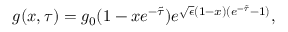
g ( x , \tau ) = g _ { 0 } ( 1 - x e ^ { - \tilde { \tau } } ) e ^ { \sqrt { \epsilon } ( 1 - x ) ( e ^ { - \tilde { \tau } } - 1 ) } ,